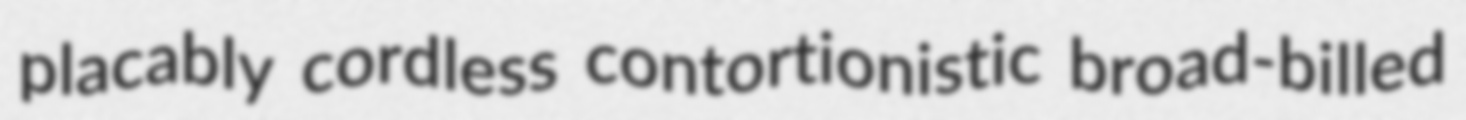
placably cordless contortionistic broad-billed